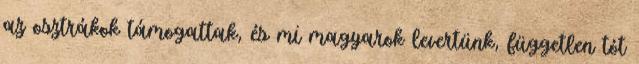
az osztrákok támogattak, és mi magyarok levertünk, független tót